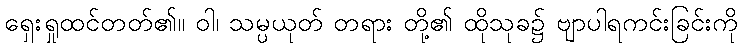
ရှေးရှုထင်တတ်၏။ ဝါ၊ သမ္ပယုတ် တရား တို့၏ ထိုသုခ၌ ဗျာပါရကင်းခြင်းကို